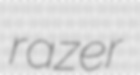
razer